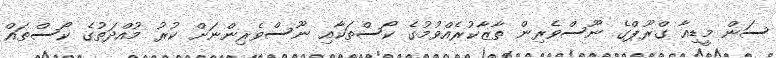
ސަން މީޑިއާ ގްރޫޕްގެ ނޫސްވެރިން ތާޒާކުރެއްވުމުގެ ކޯސްތަކާއި ނޫސްވެރިންނަށް ކުރު މުއްދަތުގެ ކޯސްތައް